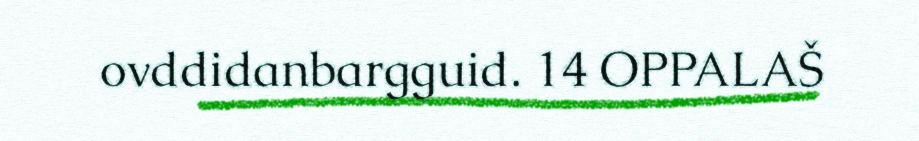
ovddidanbargguid. 14 OPPALAŠ